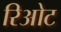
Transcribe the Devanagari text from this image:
रिओट